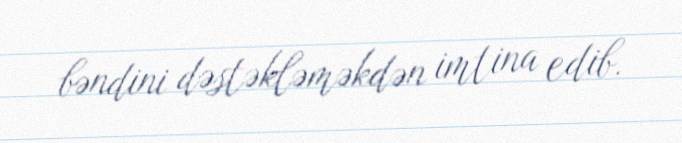
bəndini dəstəkləməkdən imtina edib.